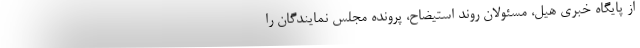
از پایگاه خبری هیل، مسئولان روند استیضاح، پرونده مجلس نمایندگان را